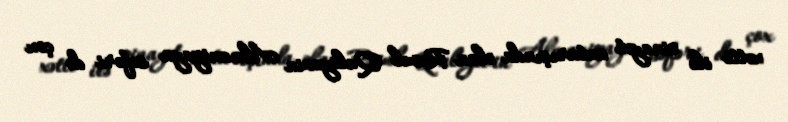
xətti ilə cinayət axtarışında olan Rəsul Quliyevin Almaniyaya səfəri də çox